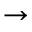
\rightarrow